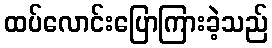
ထပ်လောင်းပြောကြားခဲ့သည်